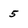
Character: 5